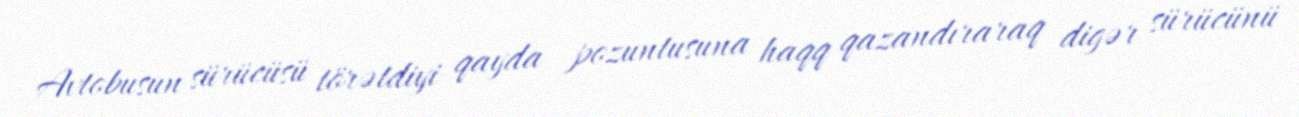
Avtobusun sürücüsü törətdiyi qayda pozuntusuna haqq qazandıraraq digər sürücünü